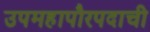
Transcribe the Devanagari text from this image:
उपमहापौरपदाची